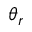
\theta _ { r }